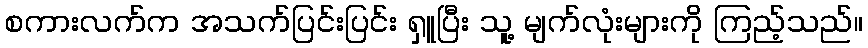
စကားလက်က အသက်ပြင်းပြင်း ရှူပြီး သူ့ မျက်လုံးများကို ကြည့်သည်။